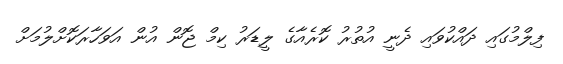
ފިލްމުގައި ދައްކުވައި ދެނީ އުތުރު ކޮރެއާގެ ލީޑަރު ކިމް ޖޮން އުން އަވަހާރަކޮށްލުމަށް